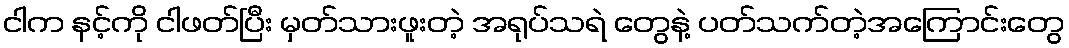
ငါက နင့်ကို ငါဖတ်ပြီး မှတ်သားဖူးတဲ့ အရုပ်သရဲ တွေနဲ့ ပတ်သက်တဲ့အကြောင်းတွေ